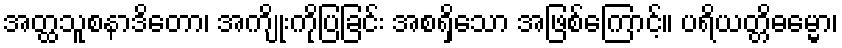
အတ္ထသူစနာဒိတော၊ အကျိုးကိုပြခြင်း အစရှိသော အဖြစ်ကြောင့်။ ပရိယတ္တိဓမ္မော၊